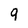
Character: 9